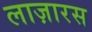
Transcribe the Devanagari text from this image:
लाज़ारस